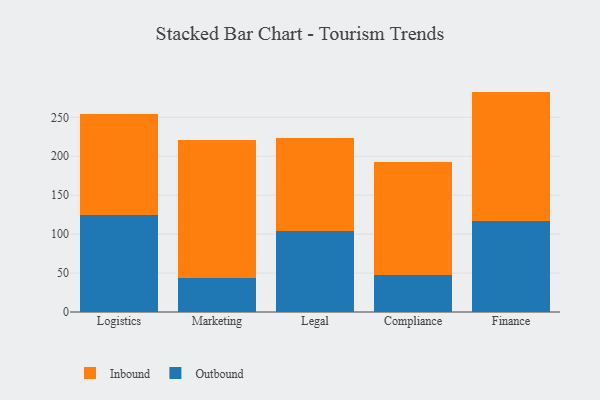
{"axis": {"x": "Department", "y": "Active Users"}, "legend": ["Inbound", "Outbound"], "data": [{"x": "Logistics", "y": 124.1, "type": "Outbound"}, {"x": "Logistics", "y": 129.6, "type": "Inbound"}, {"x": "Marketing", "y": 43.2, "type": "Outbound"}, {"x": "Marketing", "y": 178.3, "type": "Inbound"}, {"x": "Legal", "y": 103.4, "type": "Outbound"}, {"x": "Legal", "y": 120.0, "type": "Inbound"}, {"x": "Compliance", "y": 47.3, "type": "Outbound"}, {"x": "Compliance", "y": 145.1, "type": "Inbound"}, {"x": "Finance", "y": 117.3, "type": "Outbound"}, {"x": "Finance", "y": 165.7, "type": "Inbound"}]}